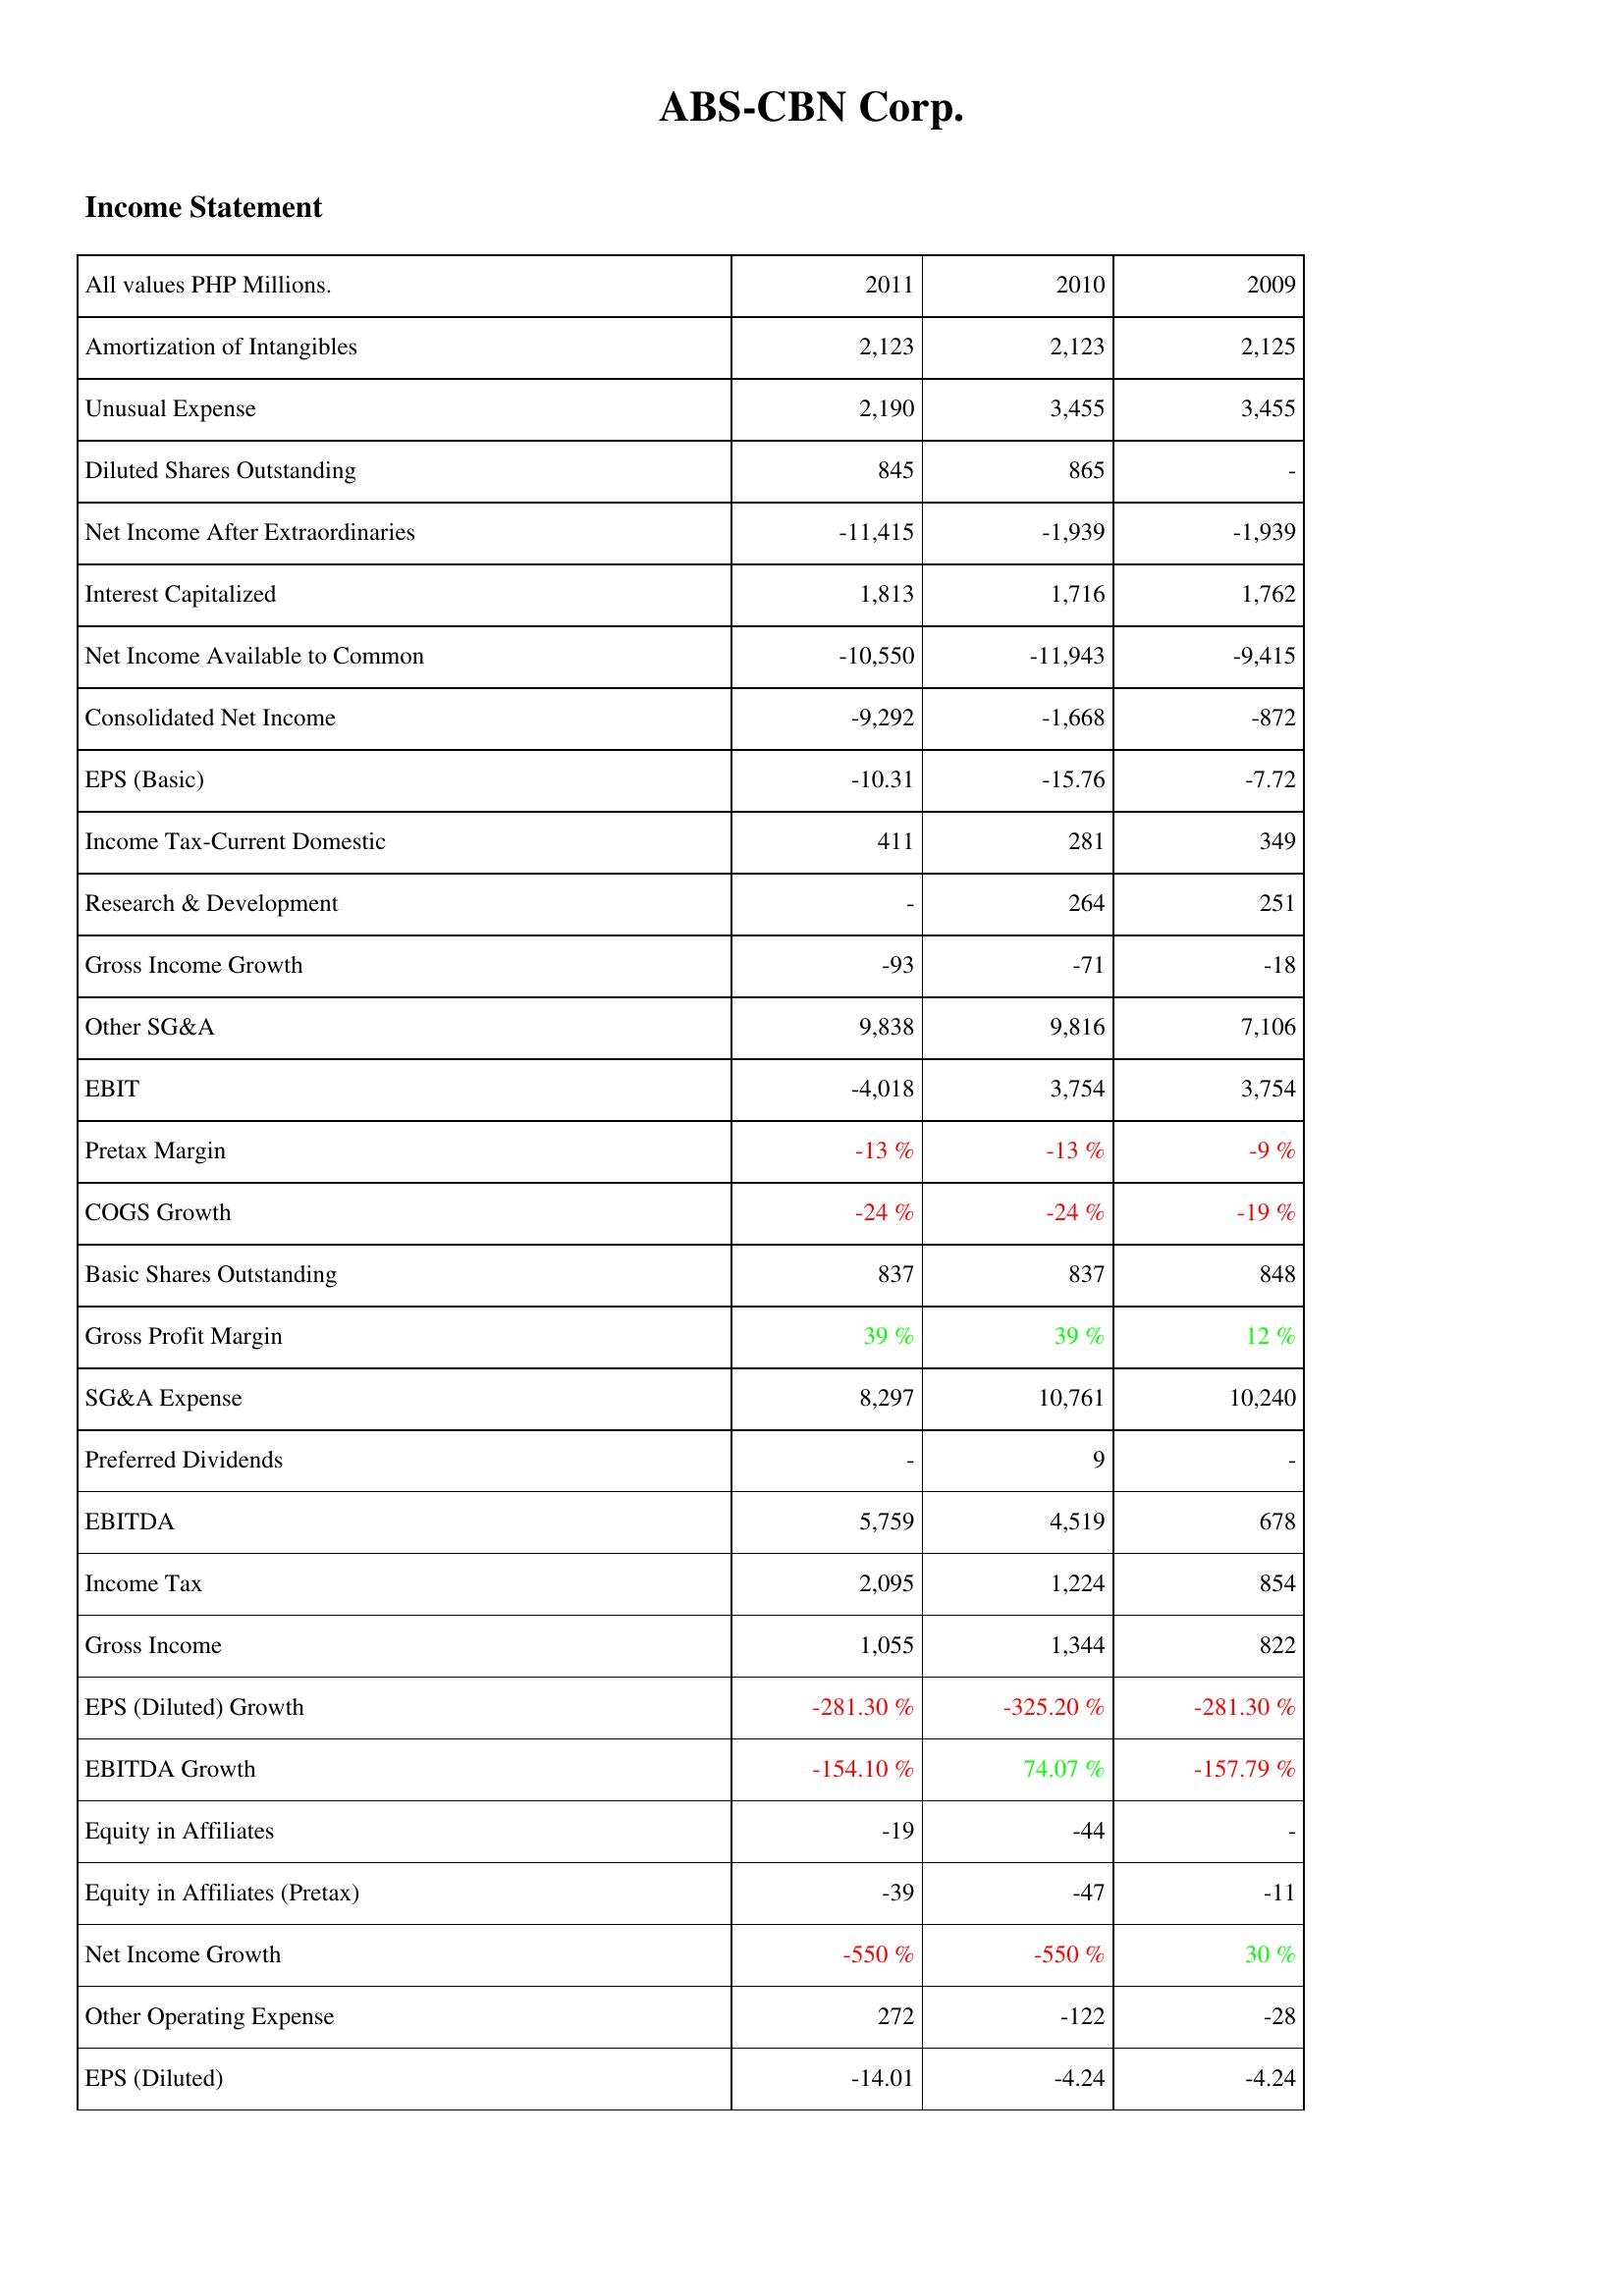
2011: Income Statement: Amortization of Intangibles: 2,123
Unusual Expense: 2,190
Diluted Shares Outstanding: 845
Net Income After Extraordinaries: -11,415
Interest Capitalized: 1,813
Net Income Available to Common: -10,550
Consolidated Net Income: -9,292
EPS (Basic): -10.31
Income Tax-Current Domestic: 411
Research & Development: -
Gross Income Growth: -93
Other SG&A: 9,838
EBIT: -4,018
Pretax Margin: -13 %
COGS Growth: -24 %
Basic Shares Outstanding: 837
Gross Profit Margin: 39 %
SG&A Expense: 8,297
Preferred Dividends: -
EBITDA: 5,759
Income Tax: 2,095
Gross Income: 1,055
EPS (Diluted) Growth: -281.30 %
EBITDA Growth: -154.10 %
Equity in Affiliates: -19
Equity in Affiliates (Pretax): -39
Net Income Growth: -550 %
Other Operating Expense: 272
EPS (Diluted): -14.01
2010: Income Statement: Amortization of Intangibles: 2,123
Unusual Expense: 3,455
Diluted Shares Outstanding: 865
Net Income After Extraordinaries: -1,939
Interest Capitalized: 1,716
Net Income Available to Common: -11,943
Consolidated Net Income: -1,668
EPS (Basic): -15.76
Income Tax-Current Domestic: 281
Research & Development: 264
Gross Income Growth: -71
Other SG&A: 9,816
EBIT: 3,754
Pretax Margin: -13 %
COGS Growth: -24 %
Basic Shares Outstanding: 837
Gross Profit Margin: 39 %
SG&A Expense: 10,761
Preferred Dividends: 9
EBITDA: 4,519
Income Tax: 1,224
Gross Income: 1,344
EPS (Diluted) Growth: -325.20 %
EBITDA Growth: 74.07 %
Equity in Affiliates: -44
Equity in Affiliates (Pretax): -47
Net Income Growth: -550 %
Other Operating Expense: -122
EPS (Diluted): -4.24
2009: Income Statement: Amortization of Intangibles: 2,125
Unusual Expense: 3,455
Diluted Shares Outstanding: -
Net Income After Extraordinaries: -1,939
Interest Capitalized: 1,762
Net Income Available to Common: -9,415
Consolidated Net Income: -872
EPS (Basic): -7.72
Income Tax-Current Domestic: 349
Research & Development: 251
Gross Income Growth: -18
Other SG&A: 7,106
EBIT: 3,754
Pretax Margin: -9 %
COGS Growth: -19 %
Basic Shares Outstanding: 848
Gross Profit Margin: 12 %
SG&A Expense: 10,240
Preferred Dividends: -
EBITDA: 678
Income Tax: 854
Gross Income: 822
EPS (Diluted) Growth: -281.30 %
EBITDA Growth: -157.79 %
Equity in Affiliates: -
Equity in Affiliates (Pretax): -11
Net Income Growth: 30 %
Other Operating Expense: -28
EPS (Diluted): -4.24